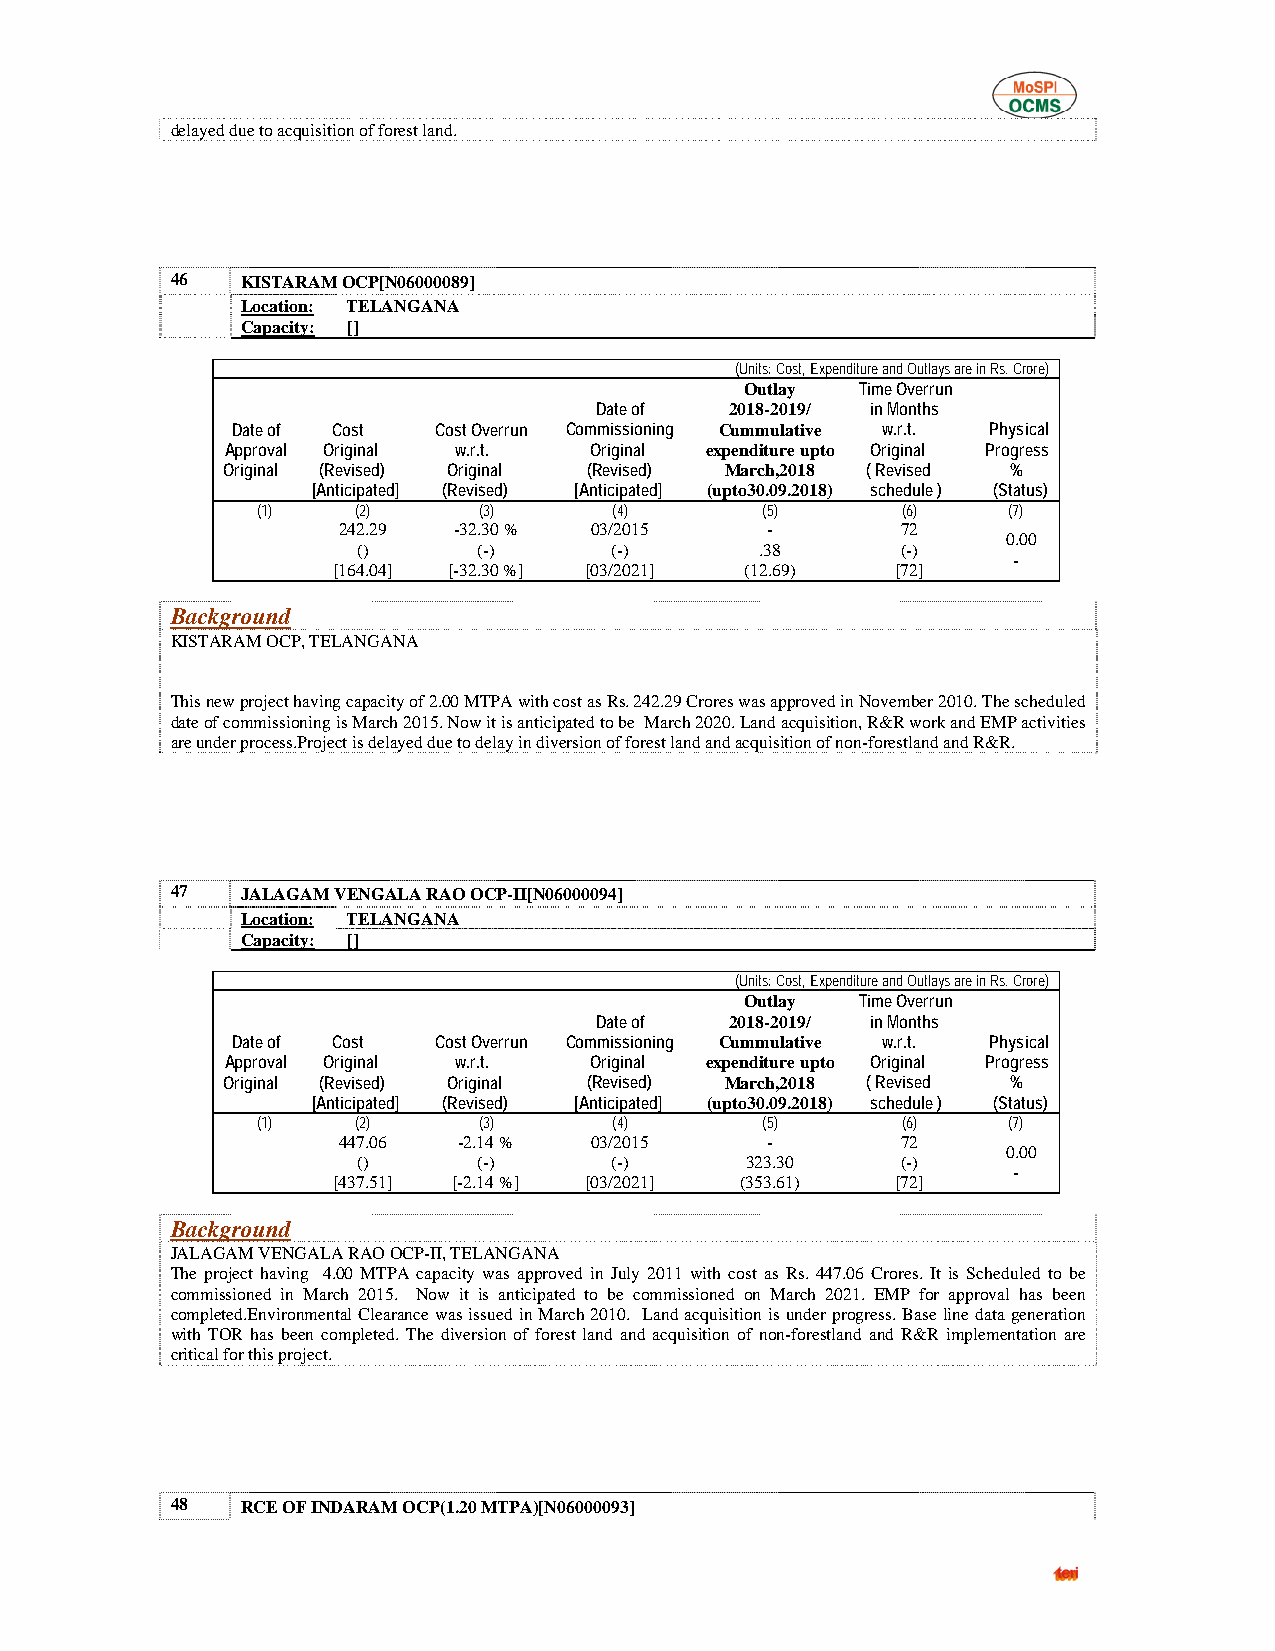
delayed due to acquisition of forest land.
 46   KISTARAM OCP[N06000089]
 Location: TELANGANA
 Capacity: []
 (Units: Cost, Expenditure and Outlays are in Rs. Crore)
 Outlay  Time Overrun
 Date of  2018-2019/ in Months
 Date of Cost  Cost Overrun Commissioning Cummulative w.r.t. Physical
 Approval Original w.r.t. Original expenditure upto Original Progress
 Original (Revised) Original (Revised) March,2018 ( Revised %
 [Anticipated] (Revised) [Anticipated] (upto30.09.2018) schedule ) (Status)
 (1)    (2)     (3)      (4)      (5)       (6)    (7)
 242.29  -32.30 % 03/2015     -        72
 0.00
 ()      (-)     (-)       .38       (-)
 -
 [164.04] [-32.30 %] [03/2021] (12.69) [72]
 Background
 KISTARAM OCP, TELANGANA
 This new project having capacity of 2.00 MTPA with cost as Rs. 242.29 Crores was approved in November 2010. The scheduled
 date of commissioning is March 2015. Now it is anticipated to be March 2020. Land acquisition, R&R work and EMP activities
 are under process.Project is delayed due to delay in diversion of forest land and acquisition of non-forestland and R&R.
 47   JALAGAM VENGALA RAO OCP-II[N06000094]
 Location: TELANGANA
 Capacity: []
 (Units: Cost, Expenditure and Outlays are in Rs. Crore)
 Outlay  Time Overrun
 Date of  2018-2019/ in Months
 Date of Cost  Cost Overrun Commissioning Cummulative w.r.t. Physical
 Approval Original w.r.t. Original expenditure upto Original Progress
 Original (Revised) Original (Revised) March,2018 ( Revised %
 [Anticipated] (Revised) [Anticipated] (upto30.09.2018) schedule ) (Status)
 (1)    (2)     (3)      (4)      (5)       (6)    (7)
 447.06  -2.14 %  03/2015     -        72
 0.00
 ()      (-)     (-)      323.30     (-)
 -
 [437.51] [-2.14 %] [03/2021] (353.61) [72]
 Background
 JALAGAM VENGALA RAO OCP-II, TELANGANA
 The project having 4.00 MTPA capacity was approved in July 2011 with cost as Rs. 447.06 Crores. It is Scheduled to be
 commissioned in March 2015. Now it is anticipated to be commissioned on March 2021. EMP for approval has been
 completed.Environmental Clearance was issued in March 2010. Land acquisition is under progress. Base line data generation
 with TOR has been completed. The diversion of forest land and acquisition of non-forestland and R&R implementation are
 critical for this project.
 48   RCE OF INDARAM OCP(1.20 MTPA)[N06000093]